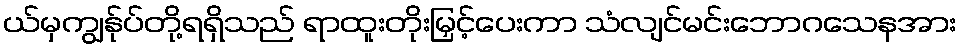
ယ်မှကျွန်ုပ်တို့ရရှိသည် ရာထူးတိုးမြှင့်ပေးကာ သံလျင်မင်းဘောဂသေနအား